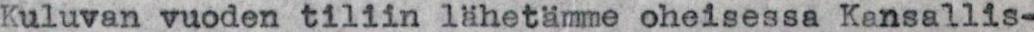
Kuluvan vuoden tiliin lähetämme oheisessa Kansallis-